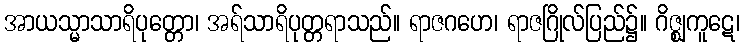
အာယသ္မာသာရိပုတ္တော၊ အရ်သာရိပုတ္တရာသည်။ ရာဇဂဟေ၊ ရာဇဂြိုလ်ပြည်၌။ ဂိဇ္ဈကူဋေ၊